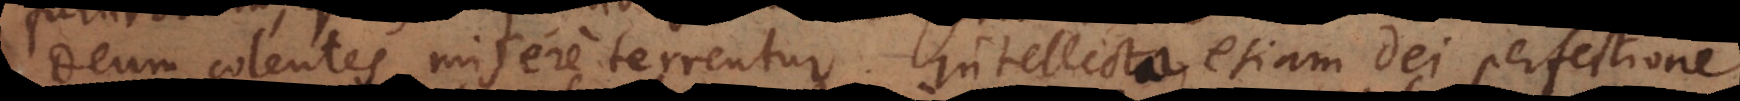
Deum colentes misere terrentur. Intellecta etiam Dei natura;